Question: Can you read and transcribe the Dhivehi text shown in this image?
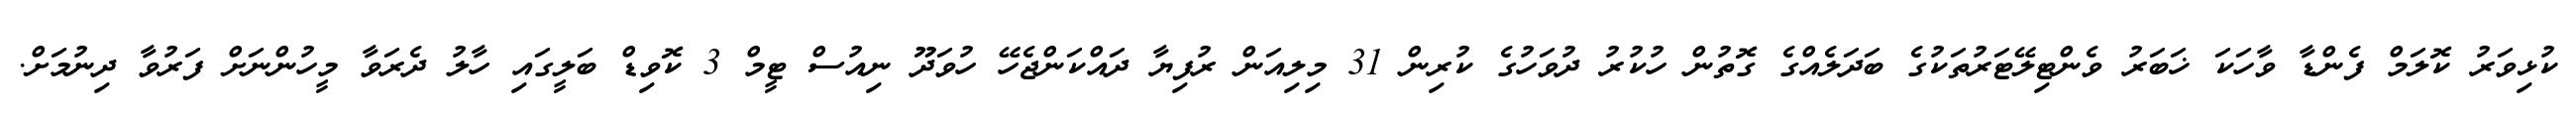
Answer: ކުޅިވަރު ކޮލަމް ފެންޑާ ވާހަކަ ޚަބަރު ވެންޓިލޭޓަރުތަކުގެ ބަދަލެއްގެ ގޮތުން ހުކުރު ދުވަހުގެ ކުރިން 31 މިލިއަން ރުފިޔާ ދައްކަންޖެހޭ ހުވަދޫ ނިއުސް ޓީމް 3 ކޮވިޑް ބަލީގައި ހާލު ދެރަވާ މީހުންނަށް ފަރުވާ ދިނުމަށް.